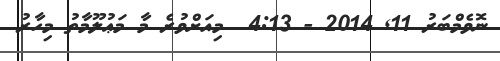
ނޮވެމްބަރު 11